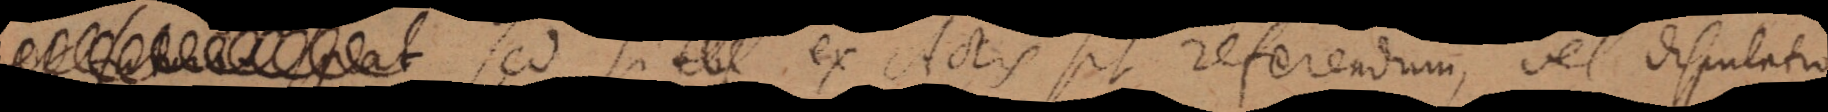
sed si ex Actis sit referendum, vel disputatio